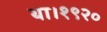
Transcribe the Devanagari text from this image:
था।१९२०